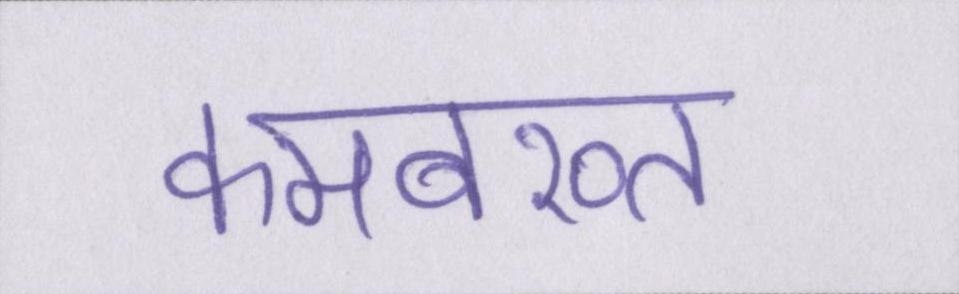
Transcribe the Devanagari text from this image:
कमबख्त